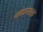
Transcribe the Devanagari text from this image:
थकानग्रस्त